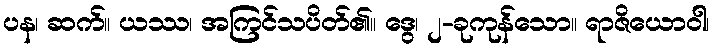
ပန၊ ဆက်။ ယဿ၊ အကြင်သပိတ်၏။ ဒွေ၊ ၂-ခုကုန်သော။ ရာဇိယောဝါ၊